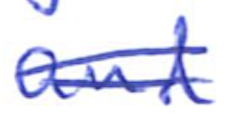
Text: and
Cross-out: mix
Writing tool: ballpoint